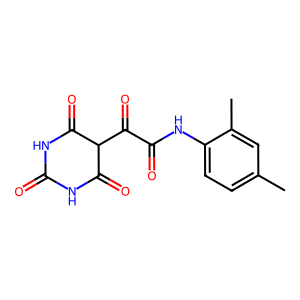
SMILES: Cc1ccc(NC(=O)C(=O)C2C(=O)NC(=O)NC2=O)c(C)c1
Inhibits HIV replication: No